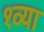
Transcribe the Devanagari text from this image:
१व्या